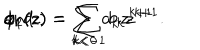
LaTeX: \phi _ { 1 } ( z ) = \sum _ { k < 0 } a _ { k } z ^ { k + 1 } \hspace { 0 . 3 i n } \mathrm { a n d } \hspace { 0 . 3 i n } \phi _ { 2 } ( z ) = \sum _ { k < - 1 } b _ { k } z ^ { k + 1 } .